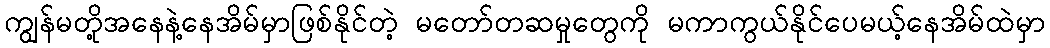
ကျွန်မတို့အနေနဲ့နေအိမ်မှာဖြစ်နိုင်တဲ့ မတော်တဆမှုတွေကို မကာကွယ်နိုင်ပေမယ့်နေအိမ်ထဲမှာ